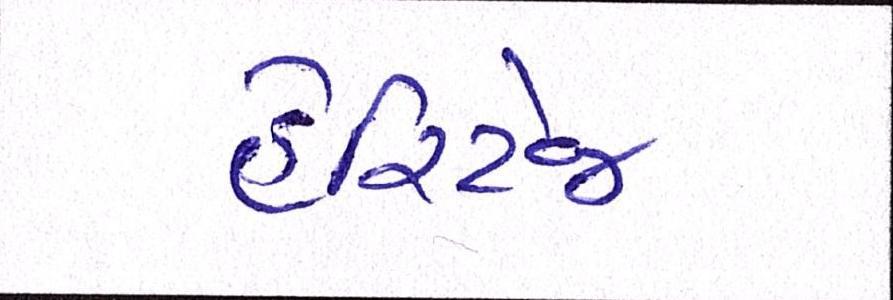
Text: હેરિટેજ